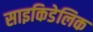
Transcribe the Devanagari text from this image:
साइकिडेलिक